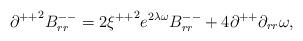
LaTeX: \begin{align*}{\partial^{++}}^{2}B^{--}_{rr}=2{\xi^{++}}^{2}e^{2\lambda\omega}B^{--}_{rr}+4\partial^{++}\partial_{rr}\omega ,\end{align*}